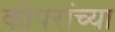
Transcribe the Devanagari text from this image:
कोपरांच्या